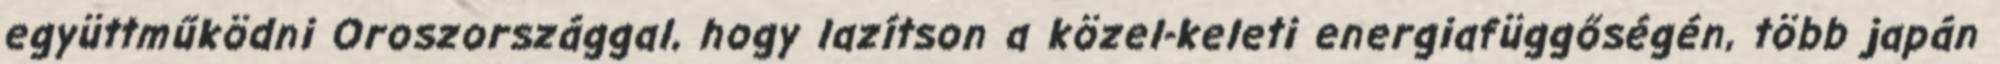
együttműködni Oroszországgal, hogy lazítson a közel-keleti energiafüggőségén, több japán